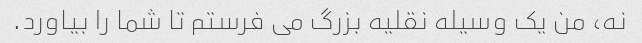
نه، من یک وسیله نقلیه بزرگ می فرستم تا شما را بیاورد.